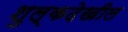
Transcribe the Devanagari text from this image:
शुल्कदेखील